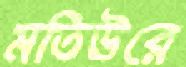
মতিউরে